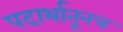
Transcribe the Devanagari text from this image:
पदार्थातूनच